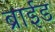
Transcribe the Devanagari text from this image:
ब्राईड